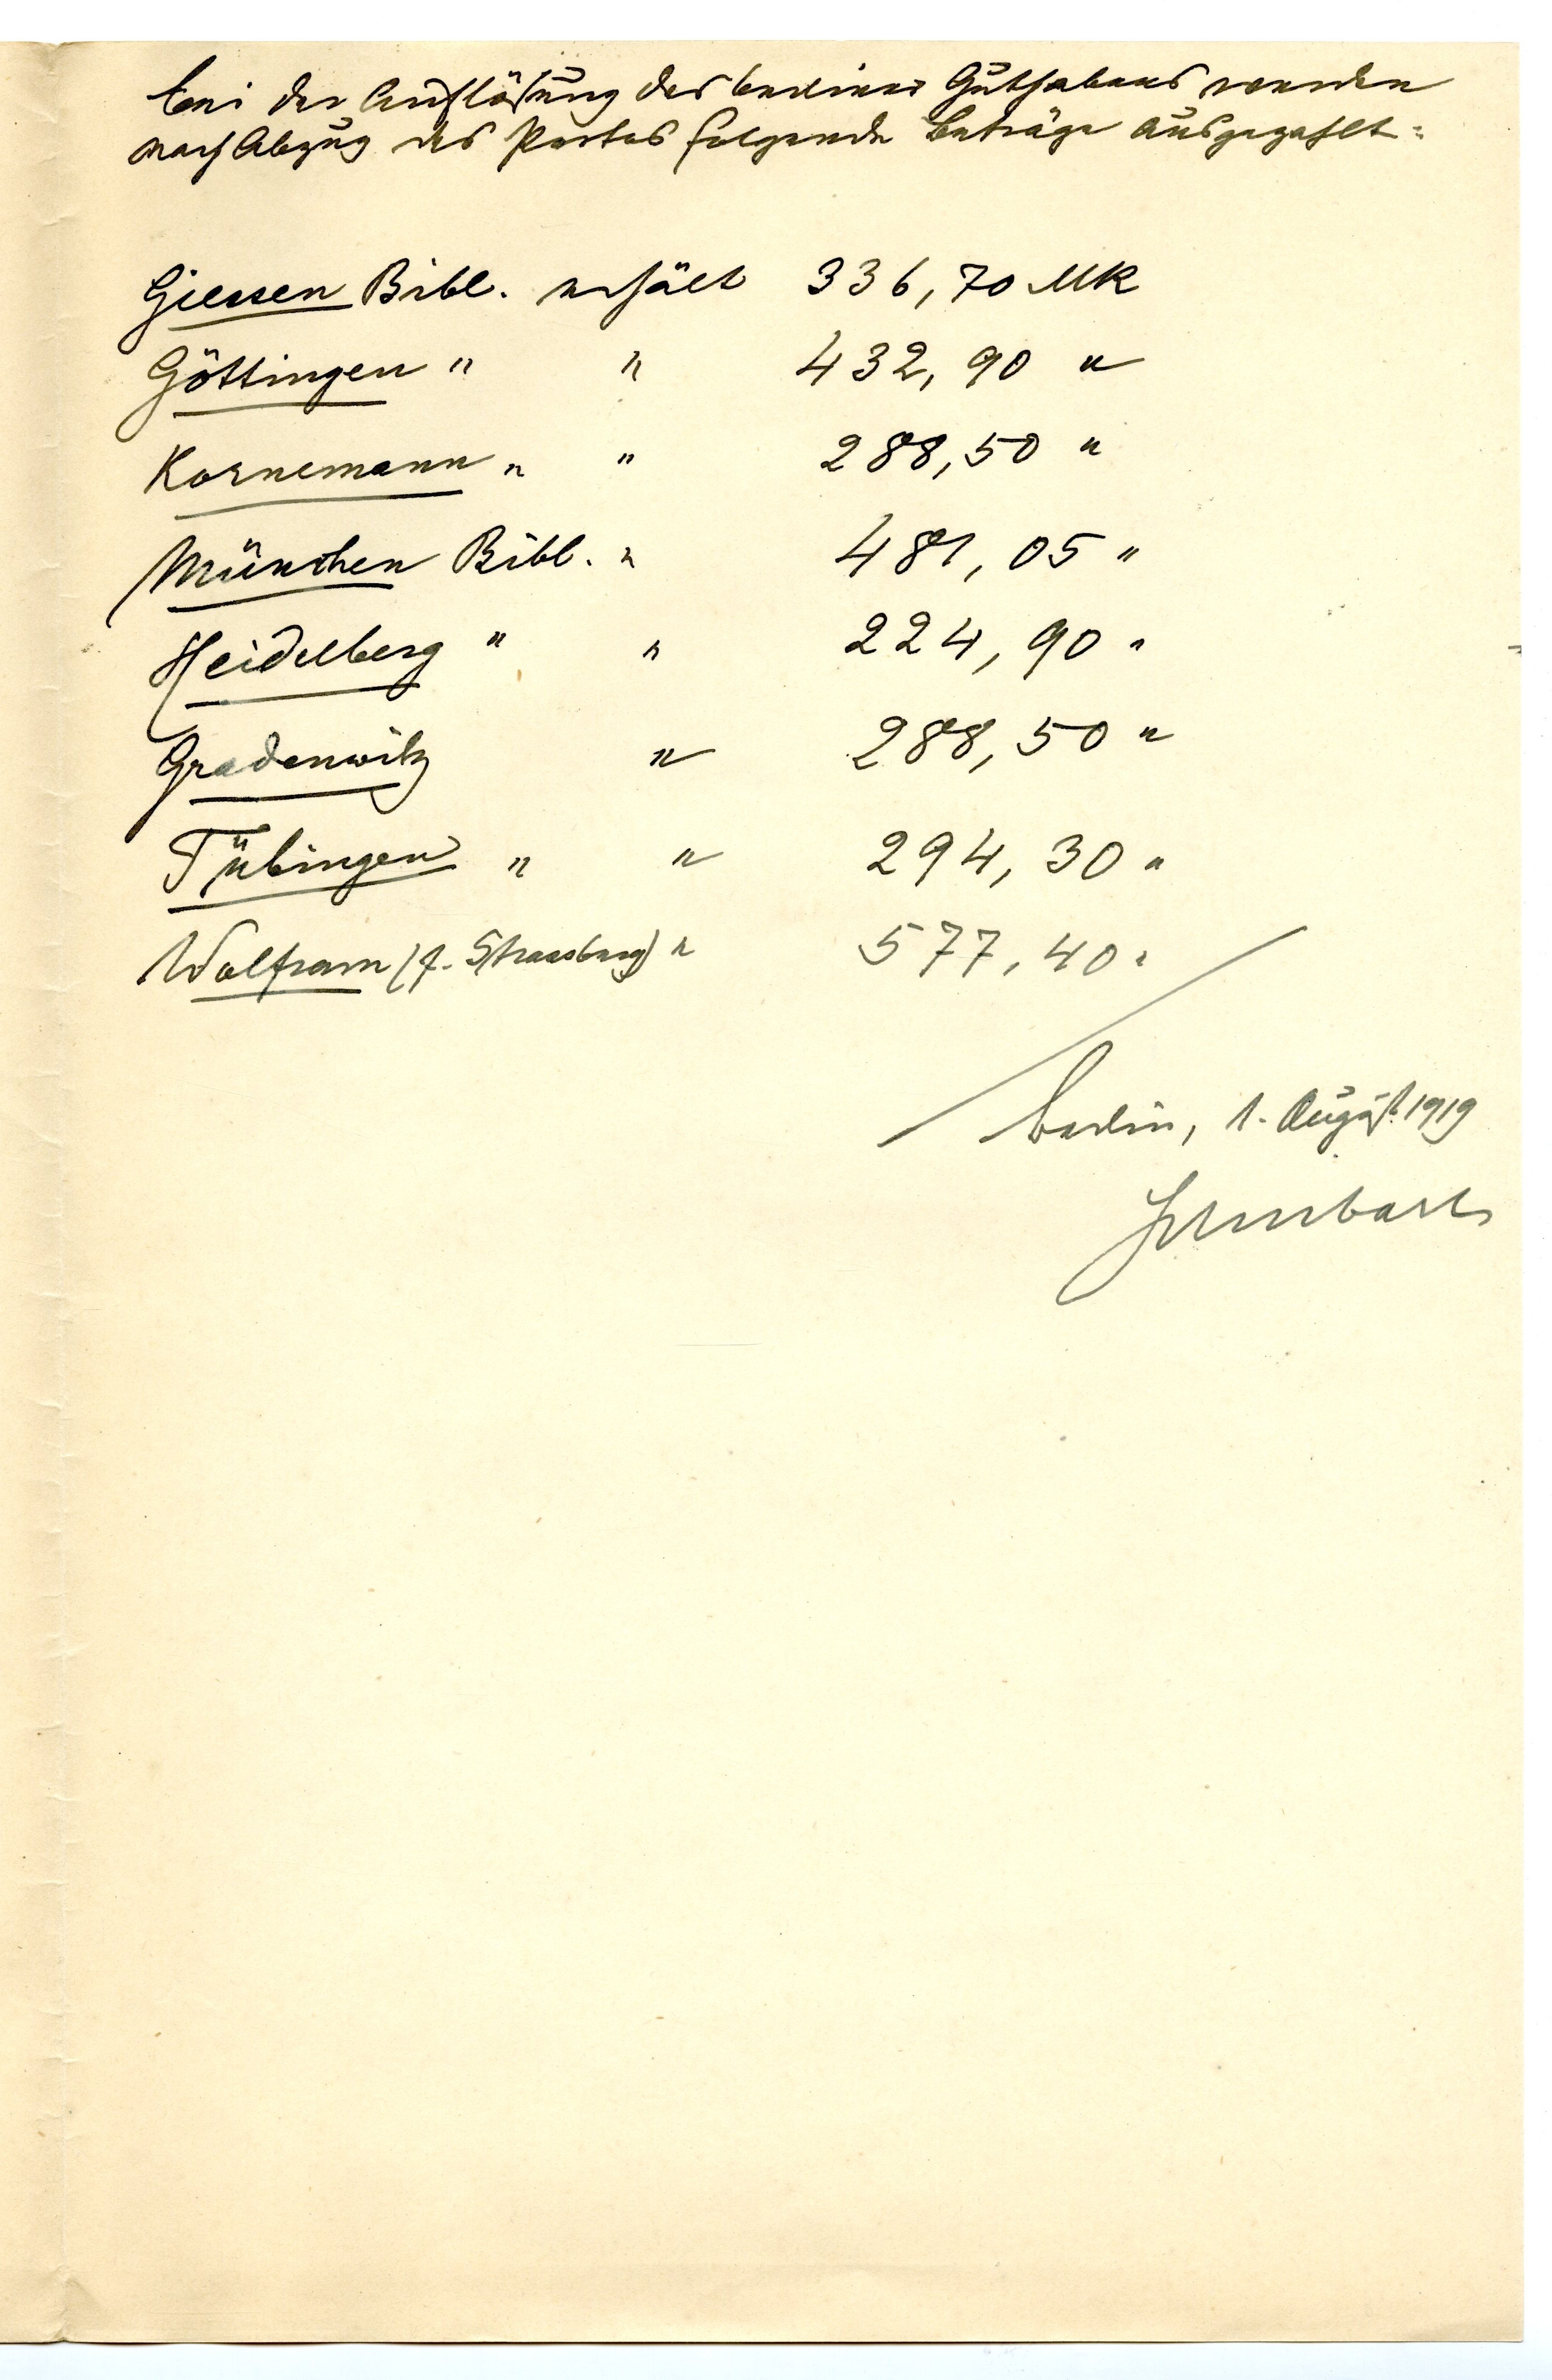
Bei der Auflösung des berliner Guthabens werden
nach Abzug des Portos folgende Beträge ausgezahlt
Giessen Bibl erhält 336,70 MK
Göttingen 		432,90
Kornemann 		288,50
München Bibl.   	481,05
Heidelberg	      	224,90
Gradenwitz      	288,50
Tübingen       		294,30
Wolfram (f. Strassburg) 577,40
Berlin, 1. August 1919
Schubart